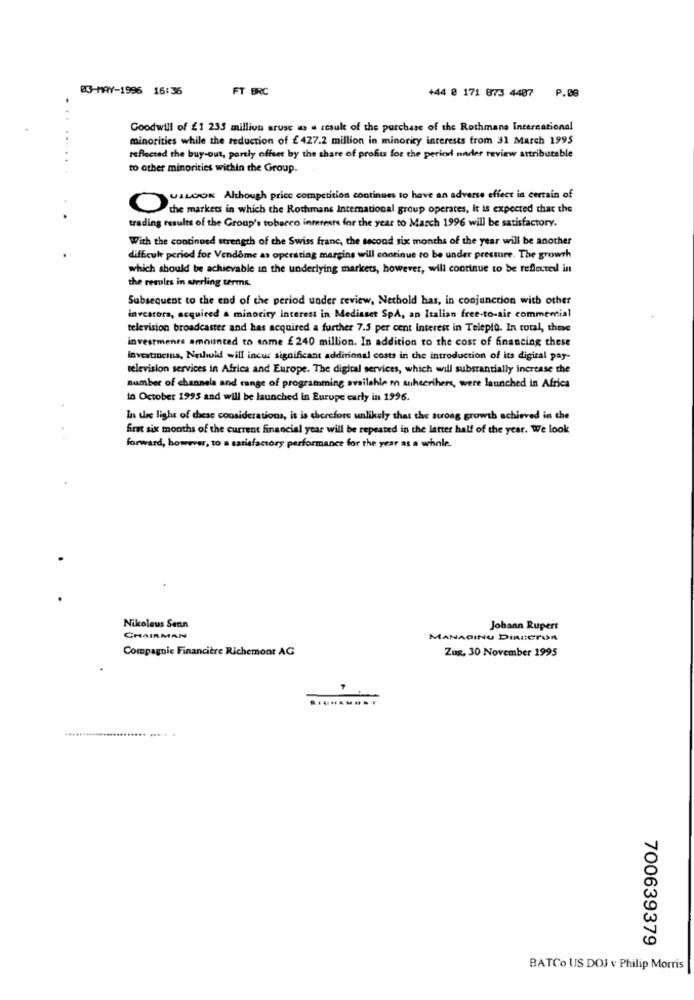
03-MAY-1996 16:36
FT BRC
+44 @ 171 873 4407 P.08
Goodwill of £1 235 million urusc ws . result of the purchase of the Rothmans International
minorities while the reduction of £427.2 million in minority interests from 31 March 1995
reflected the buy-out, partly offset by the share of profu for the period under review attributable
to other minorities within the Group.
USLOOK Although price competition continues to have an adverse effect in certain of
O
the markets in which the Rothmans International group operates, It is expected that the
trading results of the Group's tobacco interests for the year to March 1996 will be satisfactory.
With the continued strength of the Swiss franc, the second six months of the year will be another
difficult period for Vendome as operating margins will continue to be under pressure. The growth
which should be achievable in the underlying markets, however, will continue to be reflected in
the resules in werling terms.
Subsequent to the end of the period under review. Nethold has, in conjunction with other
investors, acquired a minority interest in Mediaset SpA, an Italian free-to-air commential
television broadcaster and has acquired a further 7.5 per cent Interest in Telepiù. In coral, those
investments amounted to some £ 240 million. In addition to the cost of financing these
Investinesuis, Nethold will incur significant additional costs in the introduction of its digital pay-
television services in Africa and Europe. The digital services, which will substantially increase the
number of channels and range of programming available m subscribers, were launched in Africa
in October 1995 and will be launched in Europe curly in 1996.
Is the light of these considerations, it is therefore unlikely that the strong growth achieved in the
first six months of the current financial year will be repeated in the letter half of the year. We look
forward, however, to a satisfactory performance for the year as a whole.
Nikoleus Senn
Johann Rupert
CHAIRMAN
MANAGING DIRECTOR
Compagnie Financière Richemont AG
Zug. 30 November 1995
.......
700639379
BATCo US DOJ v Philip Morris